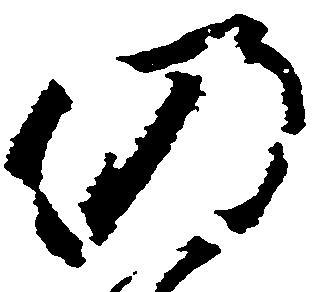
仍